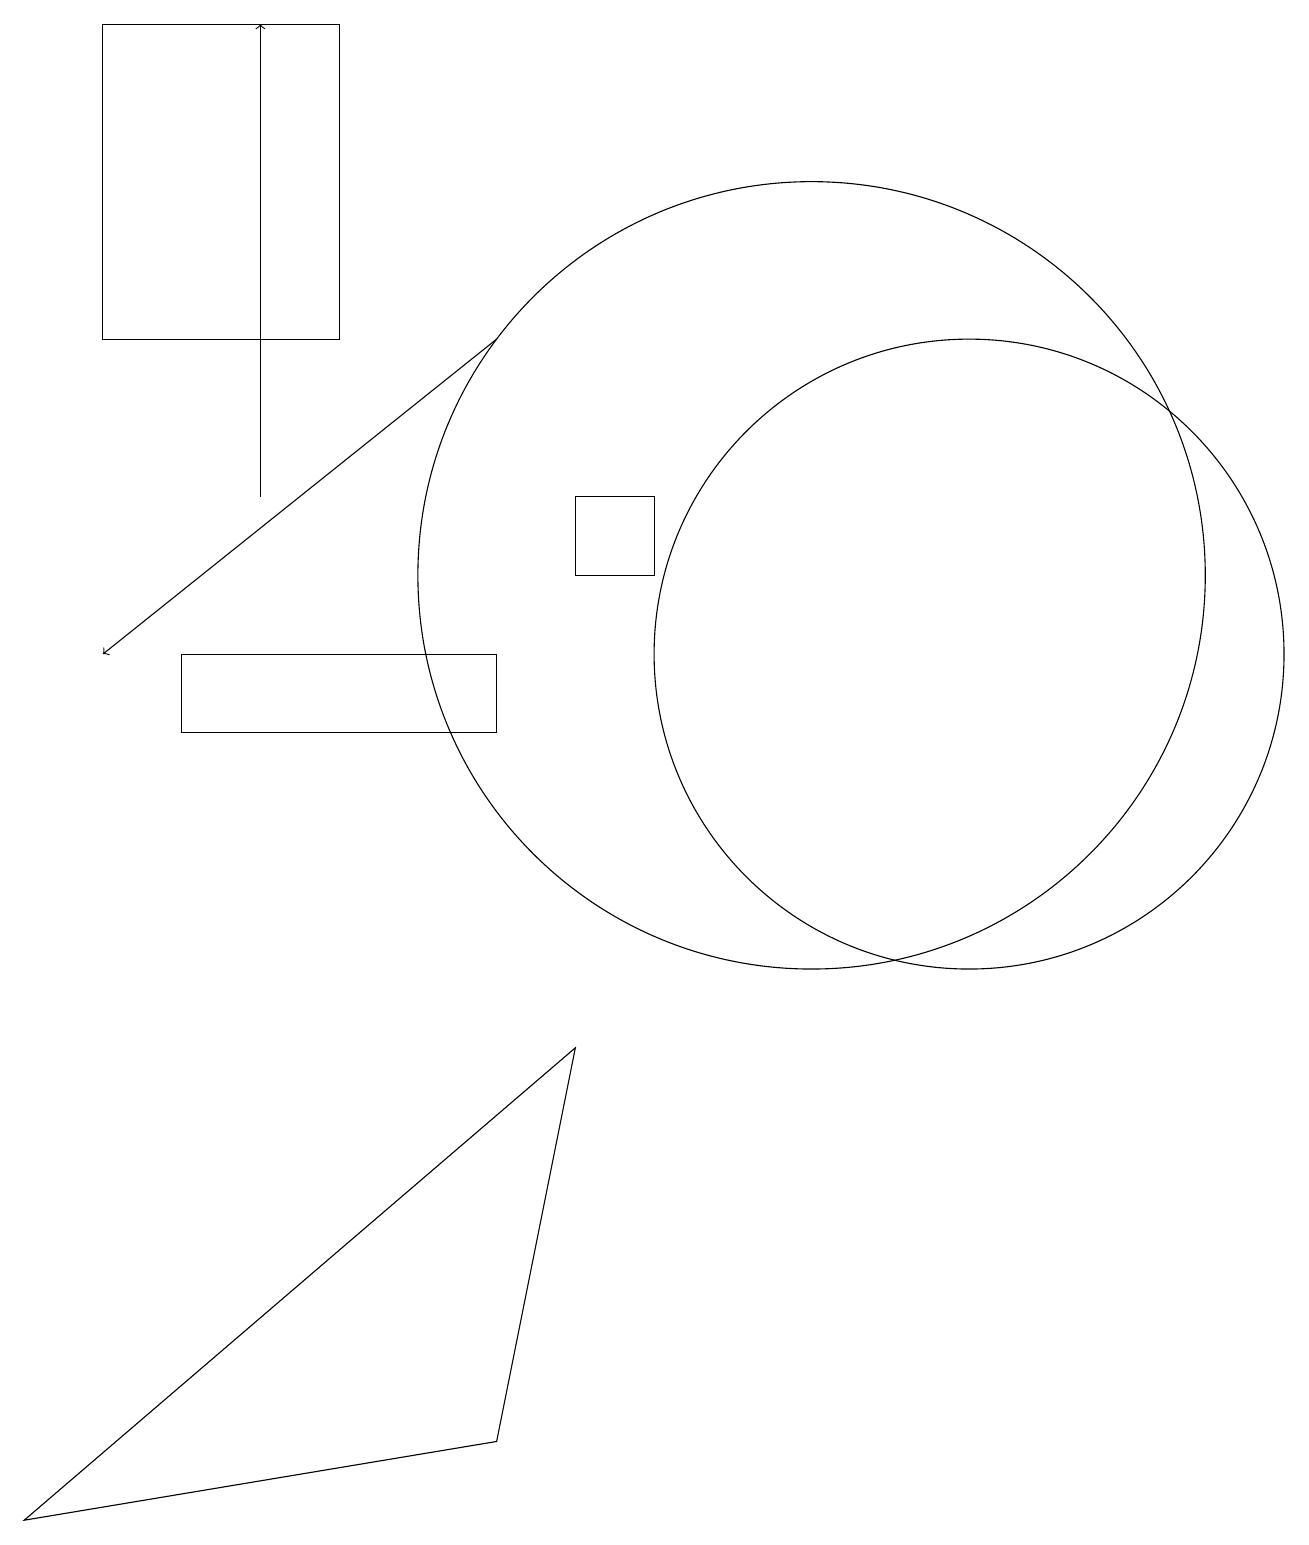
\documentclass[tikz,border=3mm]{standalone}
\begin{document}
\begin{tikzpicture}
\draw (4,15) rectangle (1,19);
\draw (12,11) circle (4);
\draw (10,12) circle (5);
\draw[->] (6,15) -- (1,11);
\draw (6,10) rectangle (2,11);
\draw (0,0) -- (6,1) -- (7,6) -- cycle;
\draw[->] (3,13) -- (3,19);
\draw (7,13) rectangle (8,12);
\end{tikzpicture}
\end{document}